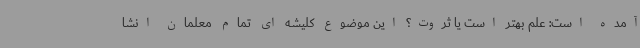
آمده است: علم بهتر است یا ثروت؟ این موضوع کلیشه ای تمام معلمان انشا